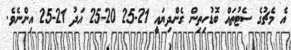
އެ މެޗުގެ ސެޓުތައް ބޮޑުހިތިން ގެންދިޔައީ 21-25 20-25 އަދު 21-25 އިންނެވެ.